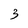
Character: 3